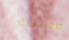
طلباتك